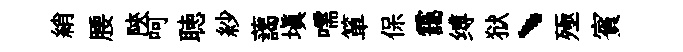
綃腰陝呵聴紗藹填嚅箪保靄缚狱、殛賓